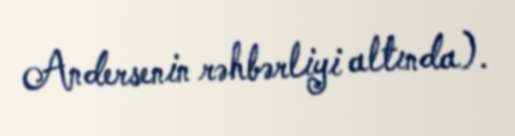
Andersenin rəhbərliyi altında).